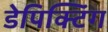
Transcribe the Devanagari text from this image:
डेपिक्टिंग